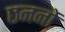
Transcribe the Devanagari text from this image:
छननों